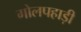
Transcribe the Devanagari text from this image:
गोलपहाड़ी